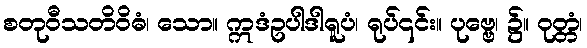
စတုဝီသတိဝိဓံ၊ သော။ ဣဒံဥပါဒါရူပံ၊ ရုပ်၎င်း။ ပုဗ္ဗေ၊ ၌။ ဝုတ္တံ၊